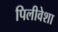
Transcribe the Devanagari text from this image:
पिलीवेशा